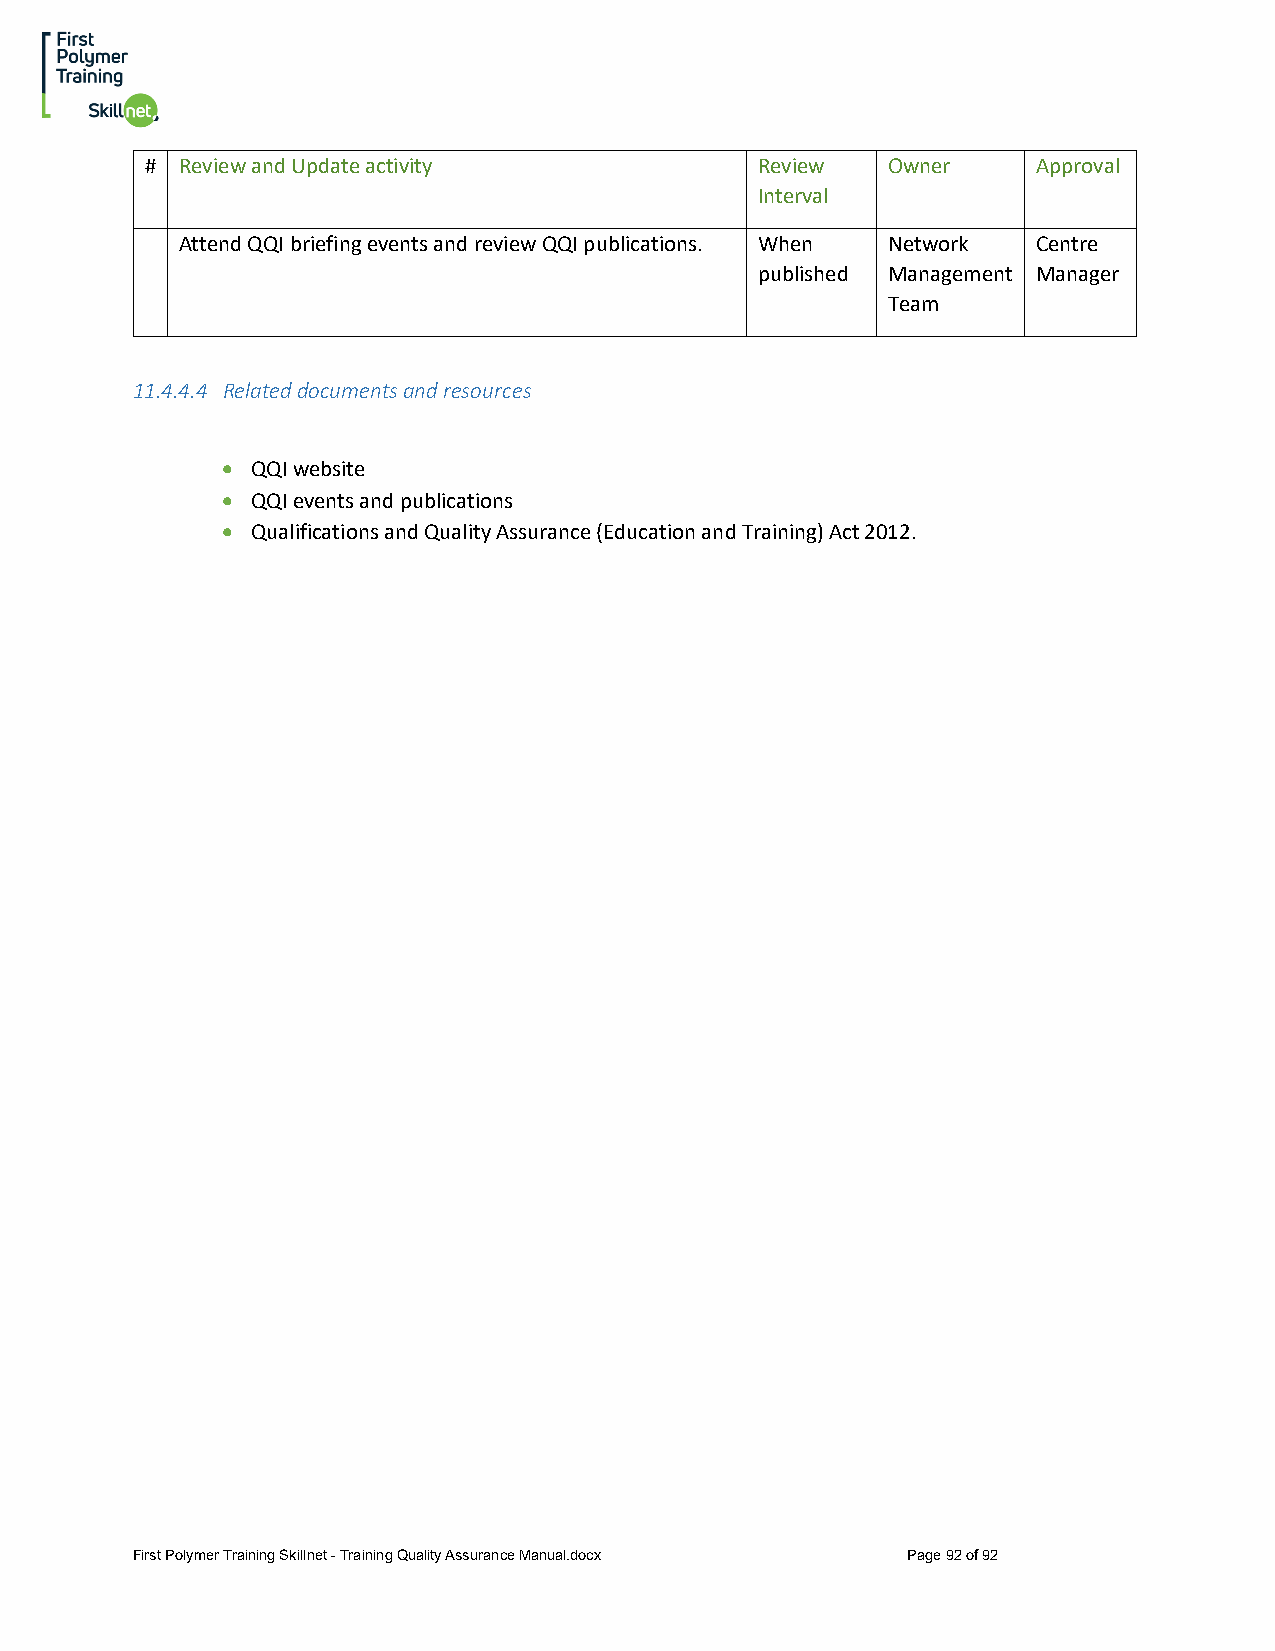
# Review and Update activity            Review   Owner     Approval
 Interval
 Attend QQI briefing events and review QQI publications. When Network Centre
 published Management Manager
 Team
 11.4.4.4 Related documents and resources
 • QQI website
 • QQI events and publications
 • Qualifications and Quality Assurance (Education and Training) Act 2012.
 First Polymer Training Skillnet - Training Quality Assurance Manual.docx Page 92 of 92